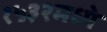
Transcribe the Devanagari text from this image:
१५३२मध्ये